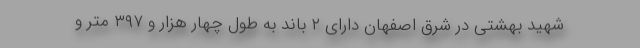
شهید بهشتی در شرق اصفهان دارای ۲ باند به طول چهار هزار و ۳۹۷ متر و